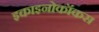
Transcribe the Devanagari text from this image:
इकाइनोकॉकस